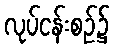
လုပ်ငန်းစဉ်၌